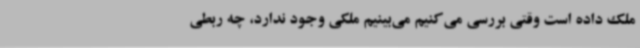
ملک داده است وقتی بررسی می‌کنیم می‌بینیم ملکی وجود ندارد، چه ربطی